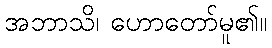
အဘာသိ၊ ဟောတော်မူ၏။